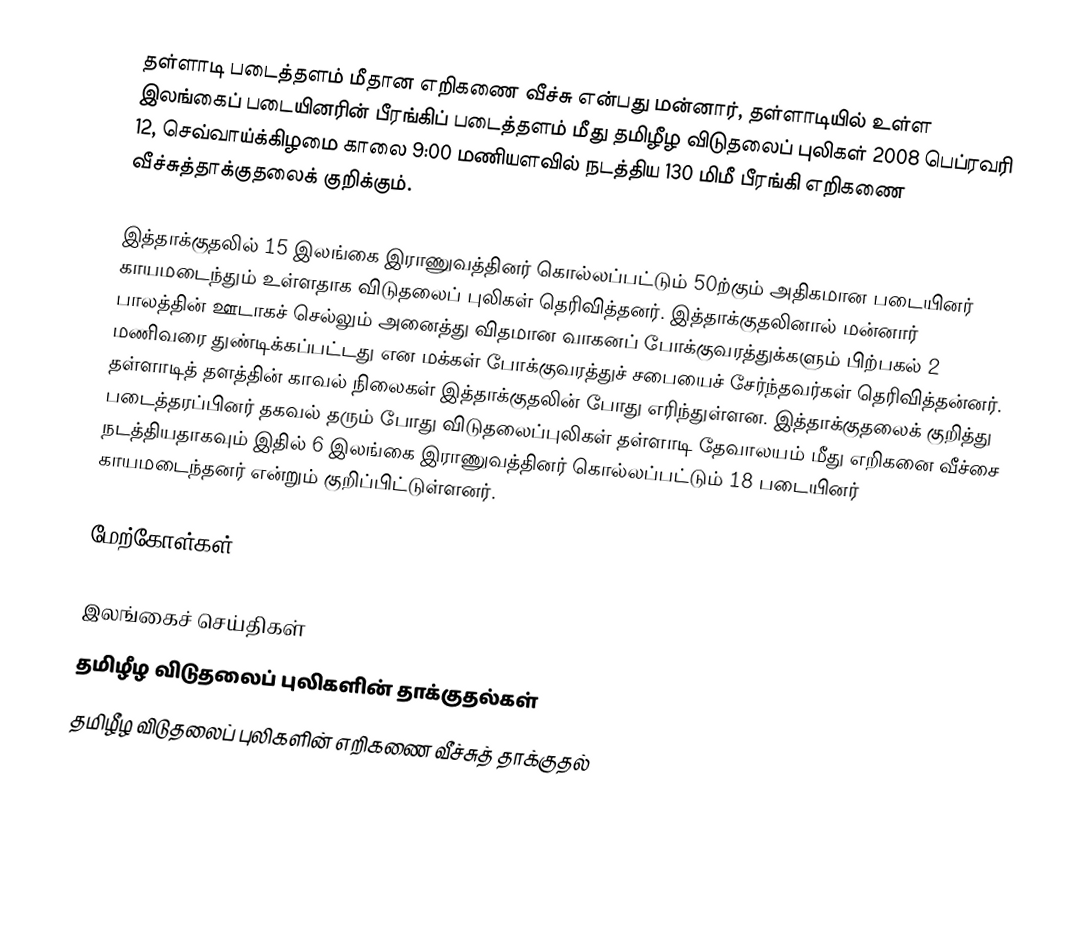
தள்ளாடி படைத்தளம் மீதான எறிகணை வீச்சு என்பது மன்னார், தள்ளாடியில் உள்ள இலங்கைப் படையினரின் பீரங்கிப் படைத்தளம் மீது தமிழீழ விடுதலைப் புலிகள் 2008 பெப்ரவரி 12, செவ்வாய்க்கிழமை காலை 9:00 மணியளவில் நடத்திய 130 மிமீ பீரங்கி எறிகணை வீச்சுத்தாக்குதலைக் குறிக்கும்.

இத்தாக்குதலில் 15 இலங்கை இராணுவத்தினர் கொல்லப்பட்டும் 50ற்கும் அதிகமான படையினர் காயமடைந்தும் உள்ளதாக விடுதலைப் புலிகள் தெரிவித்தனர். இத்தாக்குதலினால் மன்னார் பாலத்தின் ஊடாகச் செல்லும் அனைத்து விதமான வாகனப் போக்குவரத்துக்களும் பிற்பகல் 2 மணிவரை துண்டிக்கப்பட்டது என மக்கள் போக்குவரத்துச் சபையைச் சேர்ந்தவர்கள் தெரிவித்தன்னர். தள்ளாடித் தளத்தின் காவல் நிலைகள் இத்தாக்குதலின் போது எரிந்துள்ளன. இத்தாக்குதலைக் குறித்து படைத்தரப்பினர் தகவல் தரும் போது விடுதலைப்புலிகள் தள்ளாடி தேவாலயம் மீது எறிகனை வீச்சை நடத்தியதாகவும் இதில் 6 இலங்கை இராணுவத்தினர் கொல்லப்பட்டும் 18 படையினர் காயமடைந்தனர் என்றும் குறிப்பிட்டுள்ளனர்.

மேற்கோள்கள்

இலங்கைச் செய்திகள்
தமிழீழ விடுதலைப் புலிகளின் தாக்குதல்கள்
தமிழீழ விடுதலைப் புலிகளின் எறிகணை வீச்சுத் தாக்குதல்